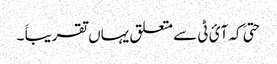
حتیَ کہ آئ ٹی سے متعلق یہاں تقریباََ ۔